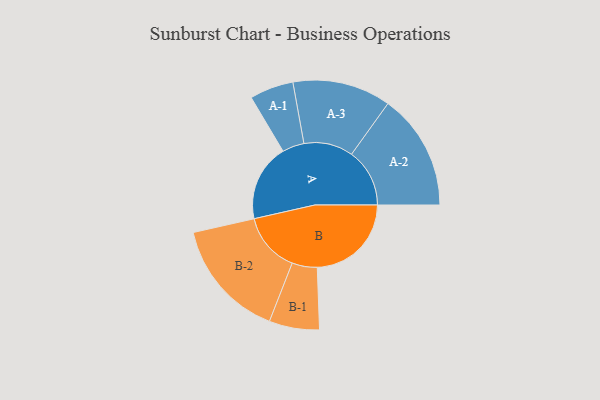
{"axis": {"x": "Segment", "y": "Value"}, "legend": ["", "A", "B"], "data": [{"x": "A", "y": 362, "type": ""}, {"x": "B", "y": 442, "type": ""}, {"x": "A-1", "y": 103, "type": "A"}, {"x": "A-2", "y": 273, "type": "A"}, {"x": "A-3", "y": 231, "type": "A"}, {"x": "B-1", "y": 118, "type": "B"}, {"x": "B-2", "y": 281, "type": "B"}]}